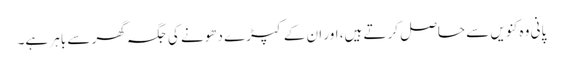
پانی وہ کنویں سے حاصل کرتے ہیں، اور ان کے کپڑے دھونے کی جگہ گھر سے باہر ہے۔